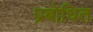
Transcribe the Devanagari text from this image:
प्रबोधित